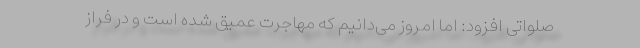
صلواتی افزود: اما امروز می‌دانیم كه مهاجرت عمیق شده است و در فراز